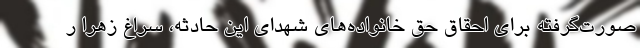
صورت‌گرفته برای احقاق حق خانواده‌های شهدای این حادثه، سراغ زهرا ر